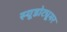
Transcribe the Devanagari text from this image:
स्यूडोट्यूमर